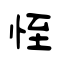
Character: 恎